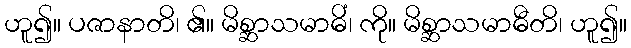
ဟူ၍။ ပဇာနာတိ၊ ၏။ မိစ္ဆာသမာဓိံ၊ ကို။ မိစ္ဆာသမာဓီတိ၊ ဟူ၍။